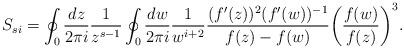
LaTeX: \begin{align*}S_{si} = \oint_0 {dz \over 2\pi i} {1 \over z^{s-1}} \oint_0 {dw \over 2\pi i} {1 \over w^{i+2}} {(f'(z))^2 (f'(w))^{-1} \over f(z)-f(w)} \biggl( {f(w) \over f(z)} \biggr)^3.\end{align*}